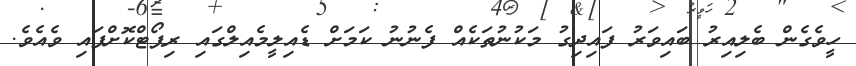
ހީވެގެން ބެލިއިރު ބައިވަރު ފައިދިގު މަކުނުތަކެއް ފެނުނު ކަމަށް ޑެއިލީމެއިލްގައި ރިޕޯޓްކޮށްފައި ވެއެވެ.